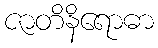
ဇာတိနိရောဓာ